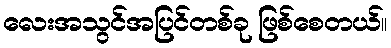
လေးအသွင်အပြင်တစ်ခု ဖြစ်စေတယ်။